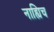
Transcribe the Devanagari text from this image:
नाह्यिच